Source: Handwritten
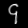
Digit: ၄ (4)